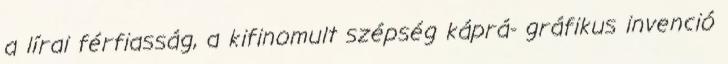
a lírai férfiasság, a kifinomult szépség káprá- gráfikus invenció